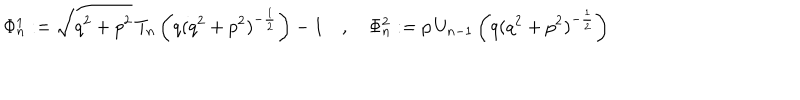
LaTeX: \Phi _ { n } ^ { 1 } : = \sqrt { q ^ { 2 } + p ^ { 2 } } \, T _ { n } \left( q ( q ^ { 2 } + p ^ { 2 } ) ^ { - \frac { 1 } { 2 } } \right) - 1 \quad , \quad \Phi _ { n } ^ { 2 } : = p \, U _ { n - 1 } \left( q ( q ^ { 2 } + p ^ { 2 } ) ^ { - \frac { 1 } { 2 } } \right)